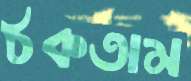
ঠকতাম